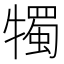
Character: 𤛯